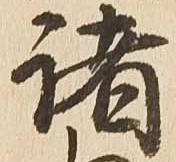
諸